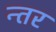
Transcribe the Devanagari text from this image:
न्तर